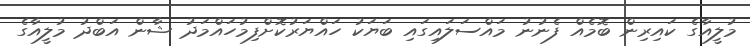
މުލީއާގެ ކައިރިން ބޮމެއް ފެނުނު މައްސަލައިގައި ބަޔަކު ހައްޔަރުކޮށްފިމުހައްމަދު ޝާން އަބްދު މުލީއާގެ